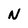
Character: N